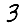
Digit: 3